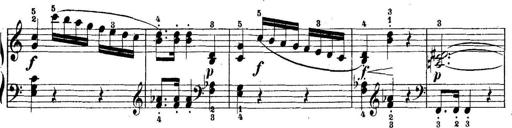
Title: 5 Sonatinas
Composer: Theodor Kirchner